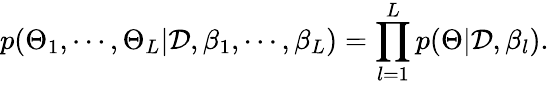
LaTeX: p(\Theta_{1},\cdots,\Theta_{L}|\mathcal{D},\beta_{1},\cdots,\beta_{L})=\prod_{l=1}^{L}p(\Theta|\mathcal{D},\beta_{l}).